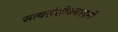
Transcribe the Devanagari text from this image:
सत्यसंशोधनासाठी